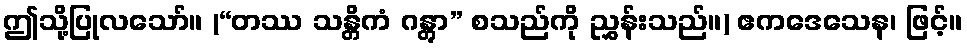
ဤသို့ပြုလသော်။ (“တဿ သန္တိကံ ဂန္တွာ” စသည်ကို ညွှန်းသည်။) ဧကဒေသေန၊ ဖြင့်။